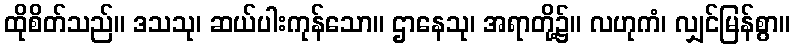
ထိုစိတ်သည်။ ဒသသု၊ ဆယ်ပါးကုန်သော။ ဌာနေသု၊ အရာတို့၌။ လဟုကံ၊ လျှင်မြန်စွာ။